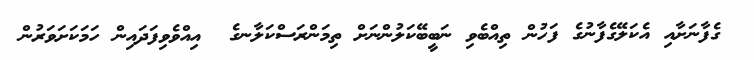
ގެފާނަށާއި އެކަލޭގެފާނުގެ ފަހުން ތިއްބެވި ނަބީބޭކަލުންނަށް ތިމަންރަސްކަލާނގެ  އިއްވެވިފަދައިން ހަމަކަށަވަރުން